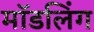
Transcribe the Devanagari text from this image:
मॉडलिंग